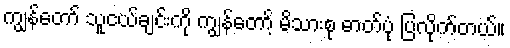
ကျွန်တော် သူငယ်ချင်းကို ကျွန်တော့် မိသားစု ဓာတ်ပုံ ပြလိုက်တယ်။